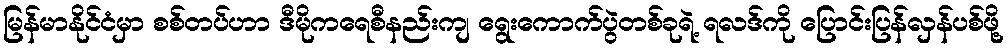
မြန်မာနိုင်ငံမှာ စစ်တပ်ဟာ ဒီမိုကရေစီနည်းကျ ရွေးကောက်ပွဲတစ်ခုရဲ့ ရလဒ်ကို ပြောင်းပြန်လှန်ပစ်ဖို့